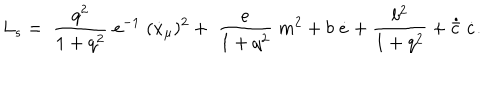
LaTeX: L _ { s } = \; \frac { q ^ { 2 } } { 1 + q ^ { 2 } } \; e ^ { - 1 } \; ( \dot { x } _ { \mu } ) ^ { 2 } + \; \frac { e } { 1 + q ^ { 2 } } \; m ^ { 2 } + b \; \dot { e } + \frac { b ^ { 2 } } { 1 + q ^ { 2 } } + \dot { \bar { c } } \; \dot { c } .